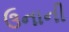
ઉનાની